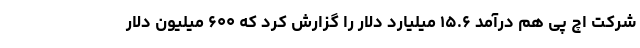
شرکت اچ پی هم درآمد ۱۵.۶ میلیارد دلار را گزارش کرد که ۶۰۰ میلیون دلار